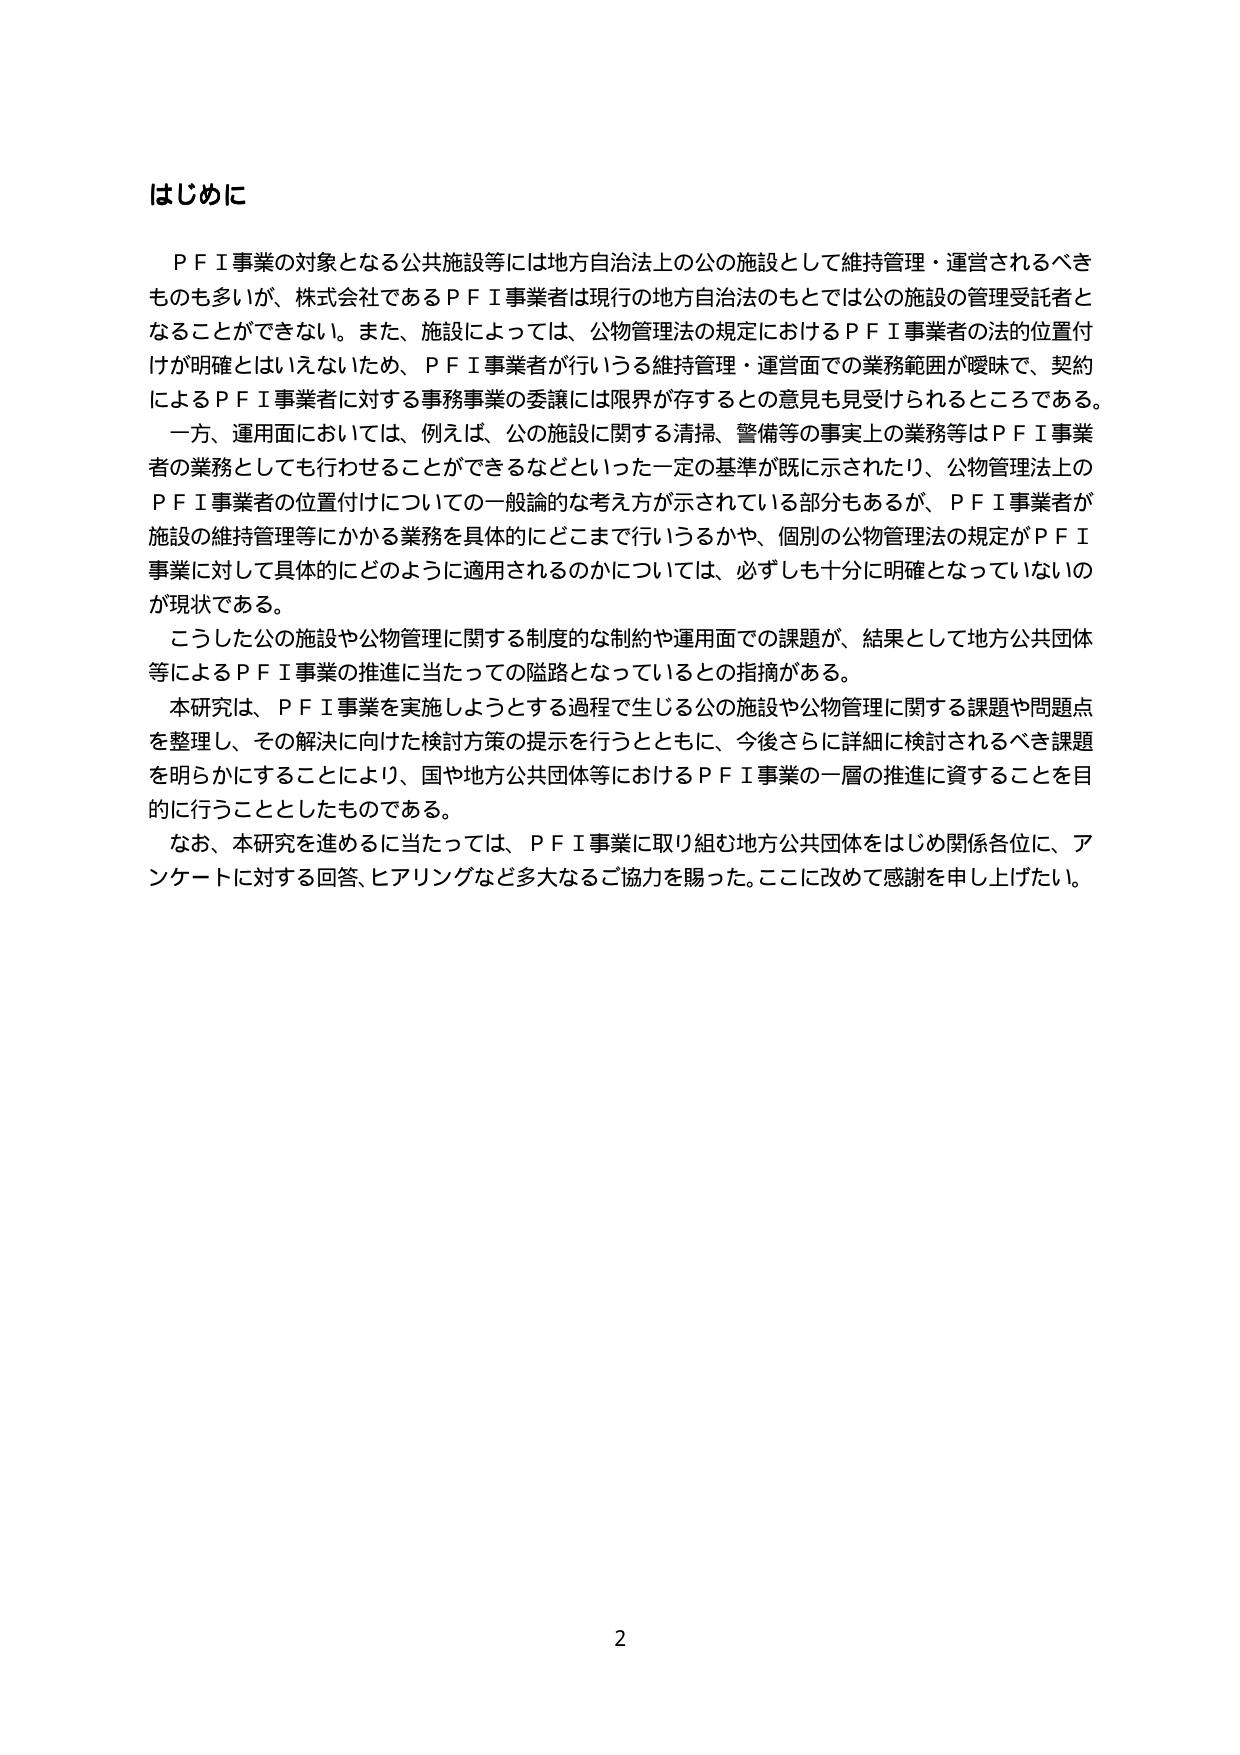
はじめに

ＰＦＩ事業の対象となる公共施設等には地方自治法上の公の施設として維持管理・運営されるべきものも多いが、株式会社であるＰＦＩ事業者は現行の地方自治法のもとでは公の施設の管理受託者となることができない。また、施設によっては、公物管理法の規定におけるＰＦＩ事業者の法的位置付けが明確とはいえないため、ＰＦＩ事業者が行いうる維持管理・運営面での業務範囲が曖昧で、契約によるＰＦＩ事業者に対する事務事業の委譲には限界が存するとの意見も見受けられるところである。

一方、運用面においては、例えば、公の施設に関する清掃、警備等の事実上の業務等はＰＦＩ事業者の業務としても行わせることができるなどといった一定の基準が既に示されたり、公物管理法上のＰＦＩ事業者の位置付けについての一般論的な考え方が示されている部分もあるが、ＰＦＩ事業者が施設の維持管理等にかかる業務を具体的にどこまで行いうるかや、個別の公物管理法の規定がＰＦＩ事業に対して具体的にどのように適用されるのかについては、必ずしも十分に明確となっていないのが現状である。

こうした公の施設や公物管理に関する制度的な制約や運用面での課題が、結果として地方公共団体等によるＰＦＩ事業の推進に当たっての隘路となっているとの指摘がある。

本研究は、ＰＦＩ事業を実施しようとする過程で生じる公の施設や公物管理に関する課題や問題点を整理し、その解決に向けた検討方策の提示を行うとともに、今後さらに詳細に検討されるべき課題を明らかにすることにより、国や地方公共団体等におけるＰＦＩ事業の一層の推進に資することを目的に行うこととしたものである。

なお、本研究を進めるに当たっては、ＰＦＩ事業に取り組む地方公共団体をはじめ関係各位に、アンケートに対する回答、ヒアリングなど多大なるご協力を賜った。ここに改めて感謝を申し上げたい。

2